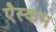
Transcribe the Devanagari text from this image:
एैस्कम